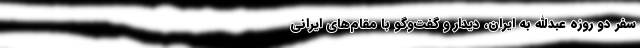
سفر دو روزه‌ عبدالله به ایران، دیدار و گفت‌وگو با مقام‌های ایرانی